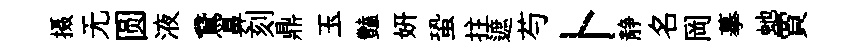
摄无圆液鵞鼻刻鼎玉豔妍蛩拄遮芍卜静名岡摹虵賈